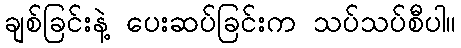
ချစ်ခြင်းနဲ့ ပေးဆပ်ခြင်းက သပ်သပ်စီပါ။